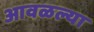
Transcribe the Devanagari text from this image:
आवळल्या